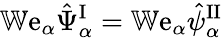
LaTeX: \mathbb{W}\mathrm{e}_{\alpha}\hat{\Psi}_{\alpha}^{\mathrm{I}}=\mathbb{W}\mathrm{e}_{\alpha}\hat{\psi}_{\alpha}^{\mathrm{II}}